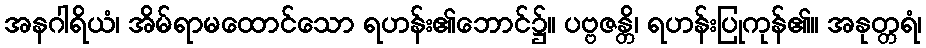
အနဂါရိယံ၊ အိမ်ရာမထောင်သော ရဟန်း၏ဘောင်၌။ ပဗ္ဗဇန္တိ၊ ရဟန်းပြုကုန်၏။ အနုတ္တရံ၊